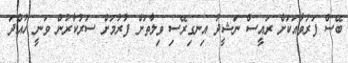
ބޭސް ފަރުވާއަކަށް ރައީސް ނަޝީދު އިނގިރޭސި ވިލާތަށް ފުރުމަށް ސަރުކާރުން ވަނީ ހުއްދަ